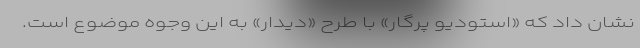
نشان داد که «استودیو پرگار» با طرح «دیدار» به این وجوه موضوع است.